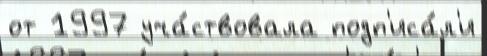
от 1997 уча́ствовала подп'иса́л'и